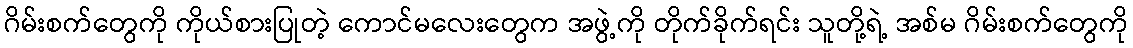
ဂိမ်းစက်တွေကို ကိုယ်စားပြုတဲ့ ကောင်မလေးတွေက အဖွဲ့ကို တိုက်ခိုက်ရင်း သူတို့ရဲ့ အစ်မ ဂိမ်းစက်တွေကို